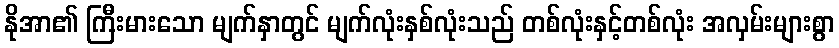
နိုအာ၏ ကြီးမားသော မျက်နှာတွင် မျက်လုံးနှစ်လုံးသည် တစ်လုံးနှင့်တစ်လုံး အလှမ်းများစွာ